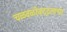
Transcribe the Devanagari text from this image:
चळवळीबद्दलचा